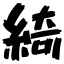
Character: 綺